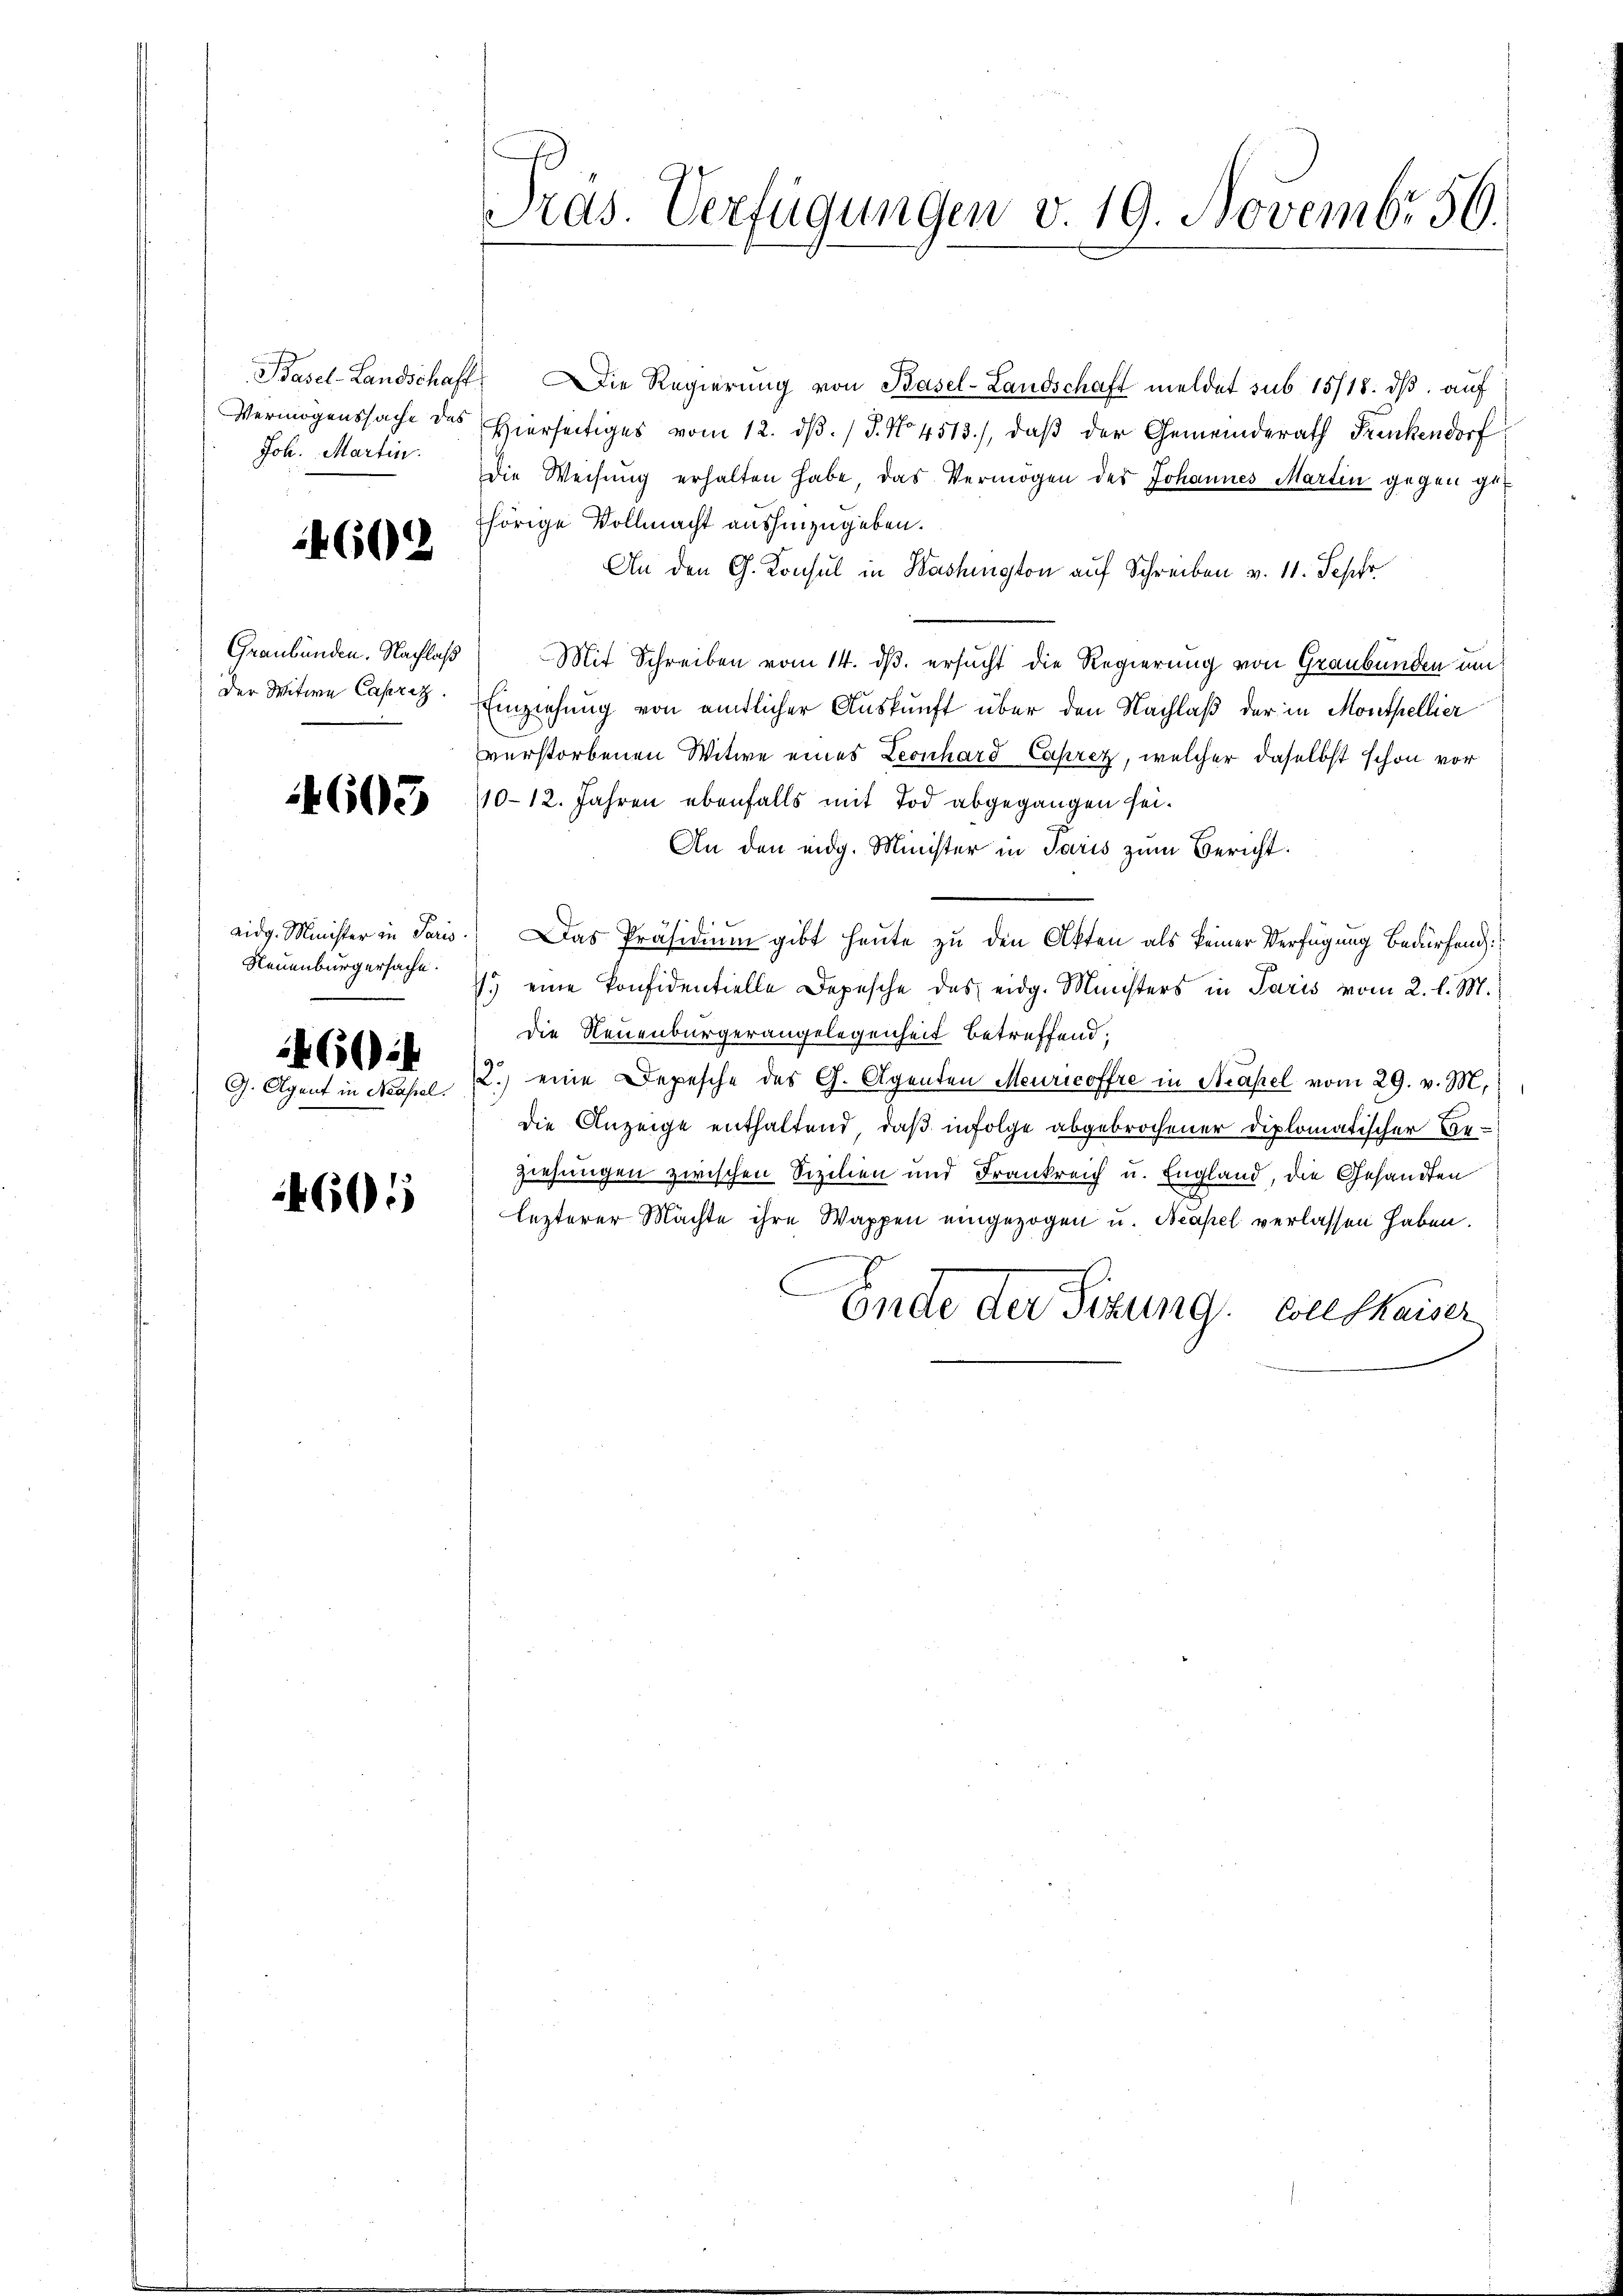
Basel-Landschaft
Vermögenssache das
Joh. Martin.

4602

Graubünden. Nachlaß
Der Witwe Caprezz

4603

eidg. Minister in Paris.
Neuenburgersache.
66) i
G. Agent in Neapel.

4605

Pras. Verfügungen v. 19. Novembr 56.

ie Regierŭng von Basel-Landschaft meldet sub 15718. dβ aŭf
Hierseitiges vom 12. dβ. / 5. No. 4513), daβ der Gemeinderath Freckendorf:
Die Weisung erhalten habe, das Vermögen des Johannes Martin gegen gut
thörige Vollmacht aushinzugeben.
An den G. Konsul in Washington auf Schreiben v. 11. Sepfr
Mit Schreiben vom 14. ds. ersucht die Regierung von Graubünden um
Einziehung von amtlicher Auskunft über den Nachlaß der in Monthellier
verstorbenen Witwe eines Leonhard Caprez, welcher daselbst schon vor
10-12. Jahren ebenfalls mit Tod abgegangen sei.
An den eidg. Minister in Paris zum Bericht.
Das Präsidium gibt heute zu den Akten als keiner Verfügung Bedürfend
) eine Konfidentielle Depesche des eidg. Ministers in Paris vom 2. l. M.
die Neuenburgerangelegenheit betreffend:
2.) eine Depesche des G. Agenten Meuricoffre in Hasel vom 29. v. M.
die Anzeige enthaltend, daß infolge abgebrochener Diplomatischer Be-
ziehungen zwischen Sizilien und Frankreich u. England, die Gesandten
lezterer Machte ihre Wappen eingezogen u. Neapel verlassen haben.
C
Ende der Sitzung. Soll Skaiser